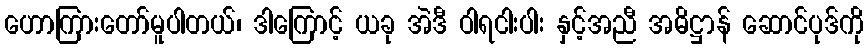
ဟောကြားတော်မူပါတယ်၊ ဒါကြောင့် ယခု အဲဒီ ဝါရငါးပါး နှင့်အညီ အဓိဋ္ဌာန် ဆောင်ပုဒ်ကို